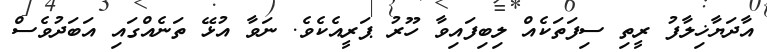
އާދަޔާޚިލާފު ރީތި ސިފަތަކެއް ލިބިފައިވާ ހޫރު ޕަރީއެކެވެ. ނަވާ އުޅޭ ތަނެއްގައި އަބަދުވެސް